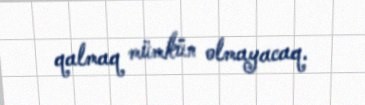
qalmaq mümkün olmayacaq.